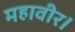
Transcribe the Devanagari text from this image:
महावीर।